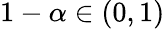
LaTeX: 1-\alpha\in(0,1)